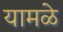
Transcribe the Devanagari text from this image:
यामळे